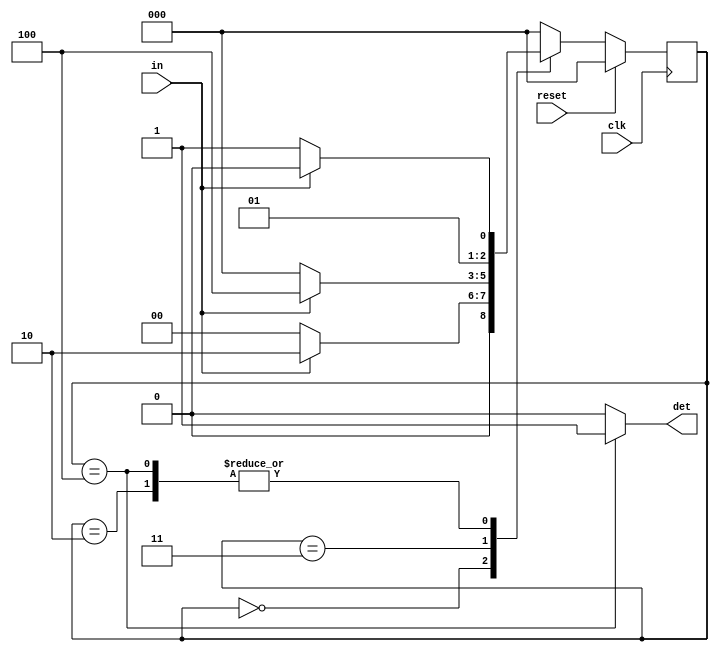
// This program was cloned from: https://github.com/paollacq/Verilog
// License: MIT License

/**************************************************
P1.1 MOORE SEQUENCE DETECTOR
************************************************/
module moore(
	input reset,
	input clk,
	input in,
	output reg det
	);
reg [2:0] pr_stage, nx_stage; parameter  s0=3'b000;
parameter s1=3'b010;
parameter s2=3'b011 ;
parameter s3=3'b100 ;
always@(posedge clk)
begin
	if(reset)
		pr_stage<=s0;
	else
	pr_stage<=nx_stage; 
end
always@(pr_stage,in)
case(pr_stage)
	s0:if(in==1)
	nx_stage=s1;
	else
	nx_stage=s0;
	s1:if(in==0)
	nx_stage=s2;
	else
	nx_stage=s1;
	s2:if(in==1)
	nx_stage=s3;
	else
	nx_stage=s0;
	s3:if(in==1)
	nx_stage=s1;
	else
	nx_stage=s2;
	default:nx_stage=s0;
endcase


always@(pr_stage)
case(pr_stage)
	s0: det=0;
	s1: det=0;
	s2: det=0;
	s3: det=1;
	default: det=0;
endcase
endmodule